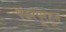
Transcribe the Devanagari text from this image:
पंढरपूरहून